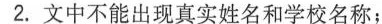
2.文中不能出现真实姓名和学校名称;